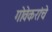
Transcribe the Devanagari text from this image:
गोवेकरांचे